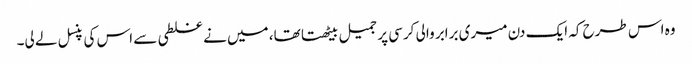
وہ اس طرح کہ ایک دن میری برابر والی کرسی پر جمیل بیٹھتا تھا، میں نے غلطی سے اس کی پنسل لے لی۔